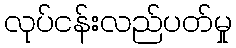
လုပ်ငန်းလည်ပတ်မှု